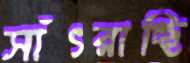
সাঁৎরাচ্ছি